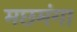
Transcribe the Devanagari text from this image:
मछमंगा